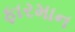
ફારમાન